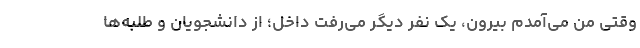
وقتی من می‌آمدم بیرون، یک نفر دیگر می‌رفت داخل؛ از دانشجویان و طلبه‌ها